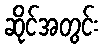
ဆိုင်အတွင်း